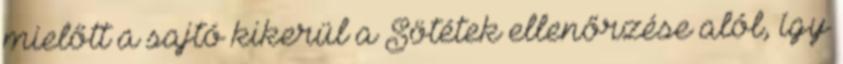
mielőtt a sajtó kikerül a Sötétek ellenőrzése alól, így